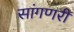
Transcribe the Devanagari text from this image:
सांगणरी